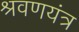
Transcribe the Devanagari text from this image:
श्रवणयंत्र